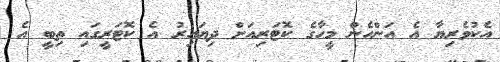
އެކުވެރިޔާ އެ އަންހެން މީހާގެ ކޮޓަރިއަށް ދިޔައިރު އެ ކޮޓަރީގައި ތިބީ އެ